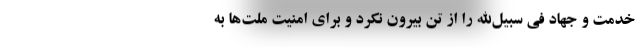
خدمت و جهاد فی سبیل‌الله را از تن بیرون نکرد و برای امنیت ملت‌ها به